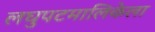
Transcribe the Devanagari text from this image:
लघुपटमालिकेला